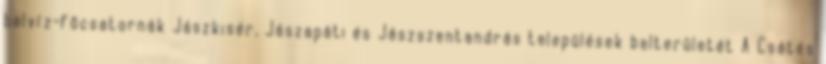
belvíz-fõcsatornák Jászkisér, Jászapáti és Jászszentandrás települések belterületét A Csátés